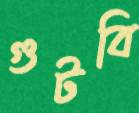
গুটবি